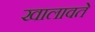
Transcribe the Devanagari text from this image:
खालावते